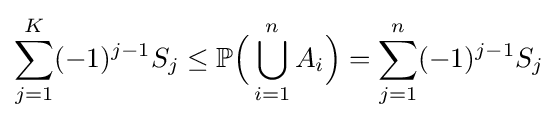
\sum _{j=1}^{K}(-1)^{j-1}S_{j}\leq \mathbb {P} {\Big (}\bigcup _{i=1}^{n}A_{i}{\Big )}=\sum _{j=1}^{n}(-1)^{j-1}S_{j}